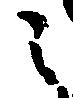
之